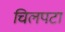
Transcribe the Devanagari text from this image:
चिलपटा